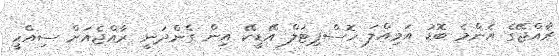
ރާއްޖޭގެ އެންމެ ބޮޑު އަމިއްލަ ހޮސްޕިޓަލް އޭޑީކޭ އިން ގެންދަނީ ރާއްޖެއަަށް ސިއްހީ